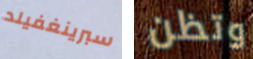
سبرينغفيلد وتظن